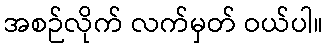
အစဉ်လိုက် လက်မှတ် ဝယ်ပါ။